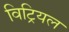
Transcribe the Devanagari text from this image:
विट्रियल